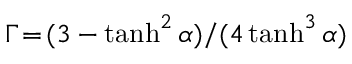
\Gamma \! = \! { ( 3 - \operatorname { t a n h } ^ { 2 } \alpha ) } / { ( 4 \operatorname { t a n h } ^ { 3 } \alpha ) }